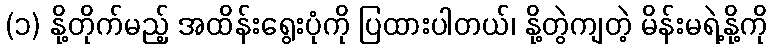
(၁) နို့တိုက်မည့် အထိန်းရွေးပုံကို ပြထားပါတယ်၊ နို့တွဲကျတဲ့ မိန်းမရဲ့နို့ကို